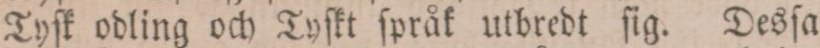
Tyſk odling och Tyſkt ſpråk utbredt ſig. Desſa